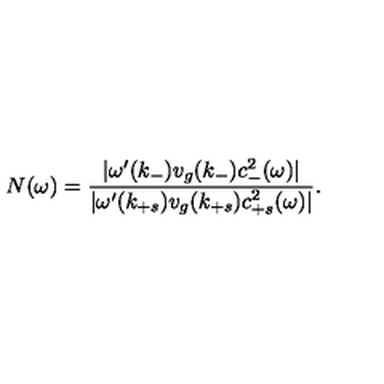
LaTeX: N ( \omega ) = \frac { | \omega ^ { \prime } ( k _ { - } ) v _ { g } ( k _ { - } ) c _ { - } ^ { 2 } ( \omega ) | } { | \omega ^ { \prime } ( k _ { + s } ) v _ { g } ( k _ { + s } ) c _ { + s } ^ { 2 } ( \omega ) | } .